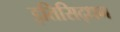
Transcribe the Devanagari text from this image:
इतिसिद्धम